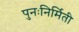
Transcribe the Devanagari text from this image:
पुनःनिर्मिती